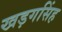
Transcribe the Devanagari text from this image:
खड़गसिंह